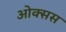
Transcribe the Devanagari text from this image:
ओक्सस